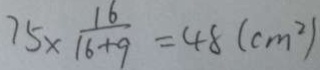
7 5 \times \frac { 1 6 } { 1 6 + 9 } = 4 8 ( c m ^ { 2 } )